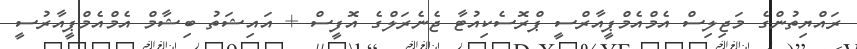
ރައްޔިތުންގެ މަޖިލިސް އެމްއެމްޕީއާރްސީ ޕްރޮސެކިއުޓާ ޖެނެރަލްގެ އޮފީސް + އައިޝަތު ބިޝާމް އެމްއެމްޕީއާރުސީ